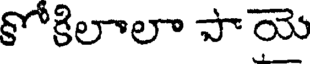
కోకిలాలా పాయె